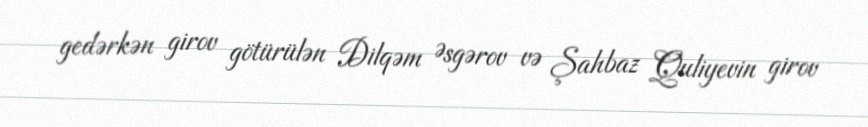
gedərkən girov götürülən Dilqəm Əsgərov və Şahbaz Quliyevin girov